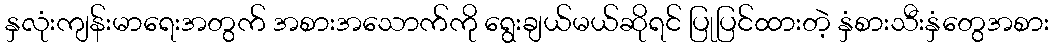
နှလုံးကျန်းမာရေးအတွက် အစားအသောက်ကို ရွေးချယ်မယ်ဆိုရင် ပြုပြင်ထားတဲ့ နှံစားသီးနှံတွေအစား